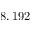
8 , 1 9 2